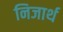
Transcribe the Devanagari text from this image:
निजार्थ